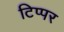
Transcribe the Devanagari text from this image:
टिप्पर